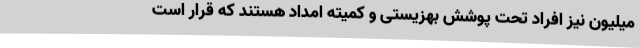
میلیون نیز افراد تحت پوشش بهزیستی و کمیته امداد هستند که قرار است